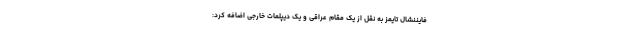
فایننشال تایمز به نقل از یک مقام عراقی و یک دیپلمات خارجی اضافه کرد: